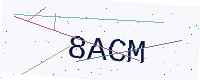
Text: 8ACM